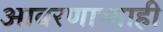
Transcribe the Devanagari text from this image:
आवरणाच्याही